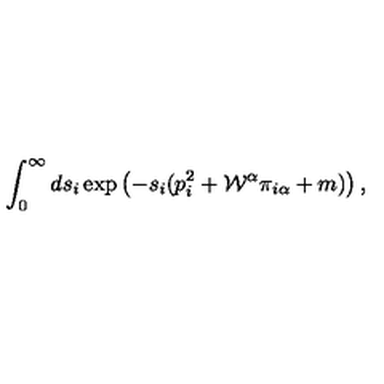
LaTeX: \int _ { 0 } ^ { \infty } d s _ { i } \exp \left( - s _ { i } ( p _ { i } ^ { 2 } + { \cal W } ^ { \alpha } \pi _ { i \alpha } + m ) \right) ,